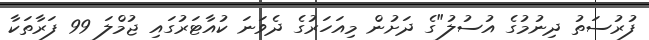
ފުރުސަތު ދިނުމުގެ އުސުލު"ގެ ދަށުން މިއަހަރުގެ ދެވަނަ ކުއާޓަރުގައި ޖުމްލަ 99 ފަރާތަކާ